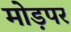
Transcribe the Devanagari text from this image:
मोड़पर